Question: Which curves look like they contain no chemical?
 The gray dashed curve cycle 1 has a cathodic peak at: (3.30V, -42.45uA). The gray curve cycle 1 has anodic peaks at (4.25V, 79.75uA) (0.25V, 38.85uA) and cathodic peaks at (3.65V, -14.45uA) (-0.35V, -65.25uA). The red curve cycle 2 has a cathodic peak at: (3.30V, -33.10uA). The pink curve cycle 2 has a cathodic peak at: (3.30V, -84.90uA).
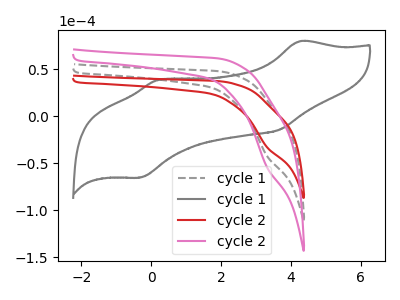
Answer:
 <answer>There are not any CV's on this graph that are likely to be blanks.</answer>
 <eval>none</eval>